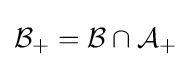
{\mathcal {B}}_{+}={\mathcal {B}}\cap {\mathcal {A}}_{+}